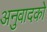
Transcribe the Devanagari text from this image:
अनुवादको